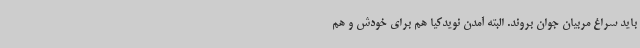
باید سراغ مربیان جوان بروند. البته آمدن نویدکیا هم برای خودش و هم